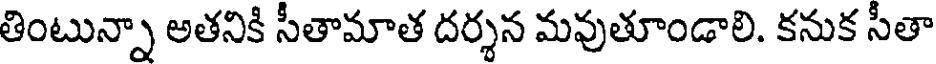
తింటున్నా అతనికి సీతామాత దర్శన మవుతూండాలి. కనుక సీతా